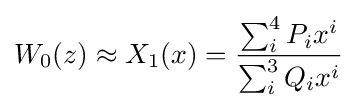
W_{0}(z)\approx X_{1}(x)={\frac {\sum _{i}^{4}P_{i}x^{i}}{\sum _{i}^{3}Q_{i}x^{i}}}